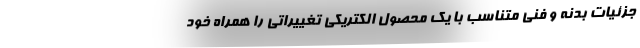
جزئیات بدنه و فنی متناسب با یک محصول الکتریکی تغییراتی را همراه خود